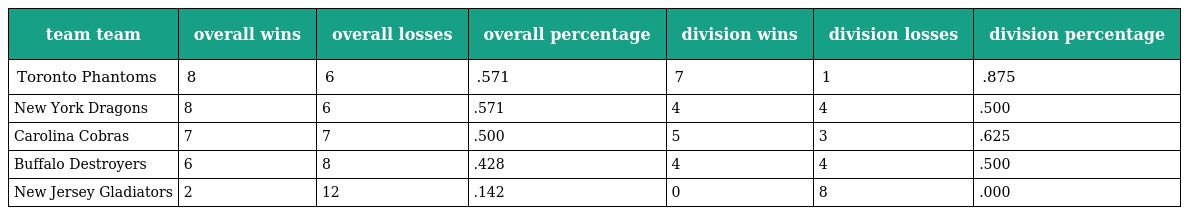
| team team | overall wins | overall losses | overall percentage | division wins | division losses | division percentage |
 | --- | --- | --- | --- | --- | --- | --- |
 | Toronto Phantoms | 8 | 6 | .571 | 7 | 1 | .875 |
 | New York Dragons | 8 | 6 | .571 | 4 | 4 | .500 |
 | Carolina Cobras | 7 | 7 | .500 | 5 | 3 | .625 |
 | Buffalo Destroyers | 6 | 8 | .428 | 4 | 4 | .500 |
 | New Jersey Gladiators | 2 | 12 | .142 | 0 | 8 | .000 |